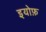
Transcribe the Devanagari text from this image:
इयोफ़